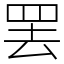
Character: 罢